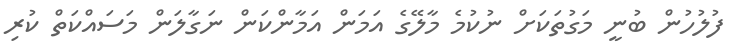
ފުލުހުން ބުނީ މަގުތަކަށް ނުކުމެ މާލޭގެ އަމަން އަމާންކަން ނަގާލަން މަސައްކަތް ކުރި